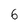
Character: 6